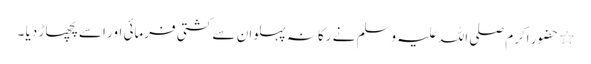
٭ حضور اکرم صلی اللہ علیہ وسلم نے رکانہ پہلوان سے کشتی فرمائی اور اسے پچھاڑ دیا ۔